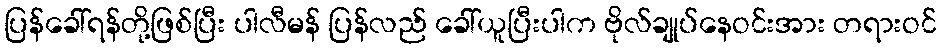
ပြန်ခေါ်ရန်တို့ဖြစ်ပြီး ပါလီမန် ပြန်လည် ခေါ်ယူပြီးပါက ဗိုလ်ချုပ်နေဝင်းအား တရားဝင်